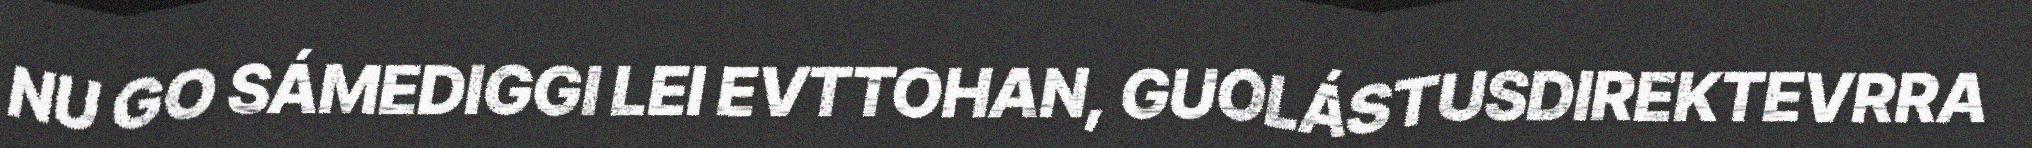
NU GO SÁMEDIGGI LEI EVTTOHAN, GUOLÁSTUSDIREKTEVRRA